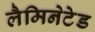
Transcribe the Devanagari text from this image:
लैमिनेटेड